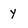
Character: y